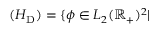
( H _ { \mathrm { D } } ) = \{ \phi \in L _ { 2 } ( \mathbb { R } _ { + } ) ^ { 2 } |